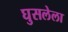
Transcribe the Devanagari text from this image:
घुसलेला